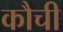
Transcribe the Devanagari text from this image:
कौची